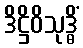
ဒိဋ္ဌိဝိသုဒ္ဓိံ